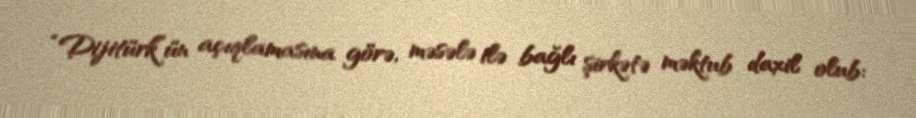
“Dijitürk”ün açıqlamasına görə, məsələ ilə bağlı şirkətə məktub daxil olub: